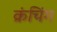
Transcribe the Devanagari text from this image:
क्रंचिंग